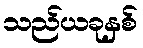
သည်ယခုနှစ်